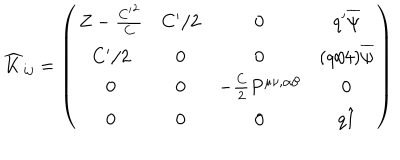
\widehat { K } _ { i j } = \left( \begin{matrix} { { Z - { \frac { { C ^ { \prime } } ^ { 2 } } { C } } } } & { { C ^ { \prime } / 2 } } & { { 0 } } & { { q ^ { \prime } \overline { { { \psi } } } } } \\ { { C ^ { \prime } / 2 } } & { { 0 } } & { { 0 } } & { { ( q / 4 ) \overline { { { \psi } } } } } \\ { { 0 } } & { { 0 } } & { { - { \frac { C } { 2 } } P ^ { \mu \nu , \alpha \beta } } } & { { 0 } } \\ { { 0 } } & { { 0 } } & { { 0 } } & { { q \hat { 1 } } } \\ \end{matrix} \right)